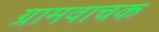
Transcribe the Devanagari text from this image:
ग्रामवाचक